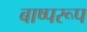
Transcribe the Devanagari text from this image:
बाष्परूप